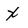
Character: x